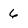
Character: 6